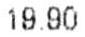
19.90